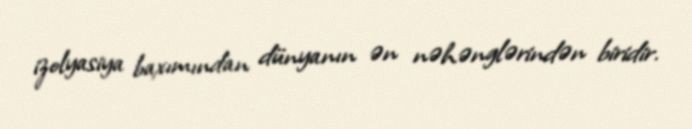
izolyasiya baxımından dünyanın ən nəhənglərindən biridir.